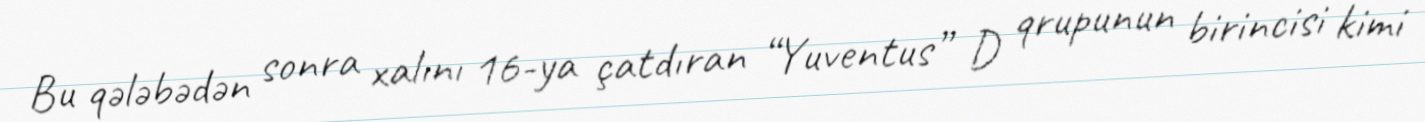
Bu qələbədən sonra xalını 16-ya çatdıran “Yuventus” D qrupunun birincisi kimi